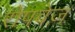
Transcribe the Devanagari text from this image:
रोपवेज़